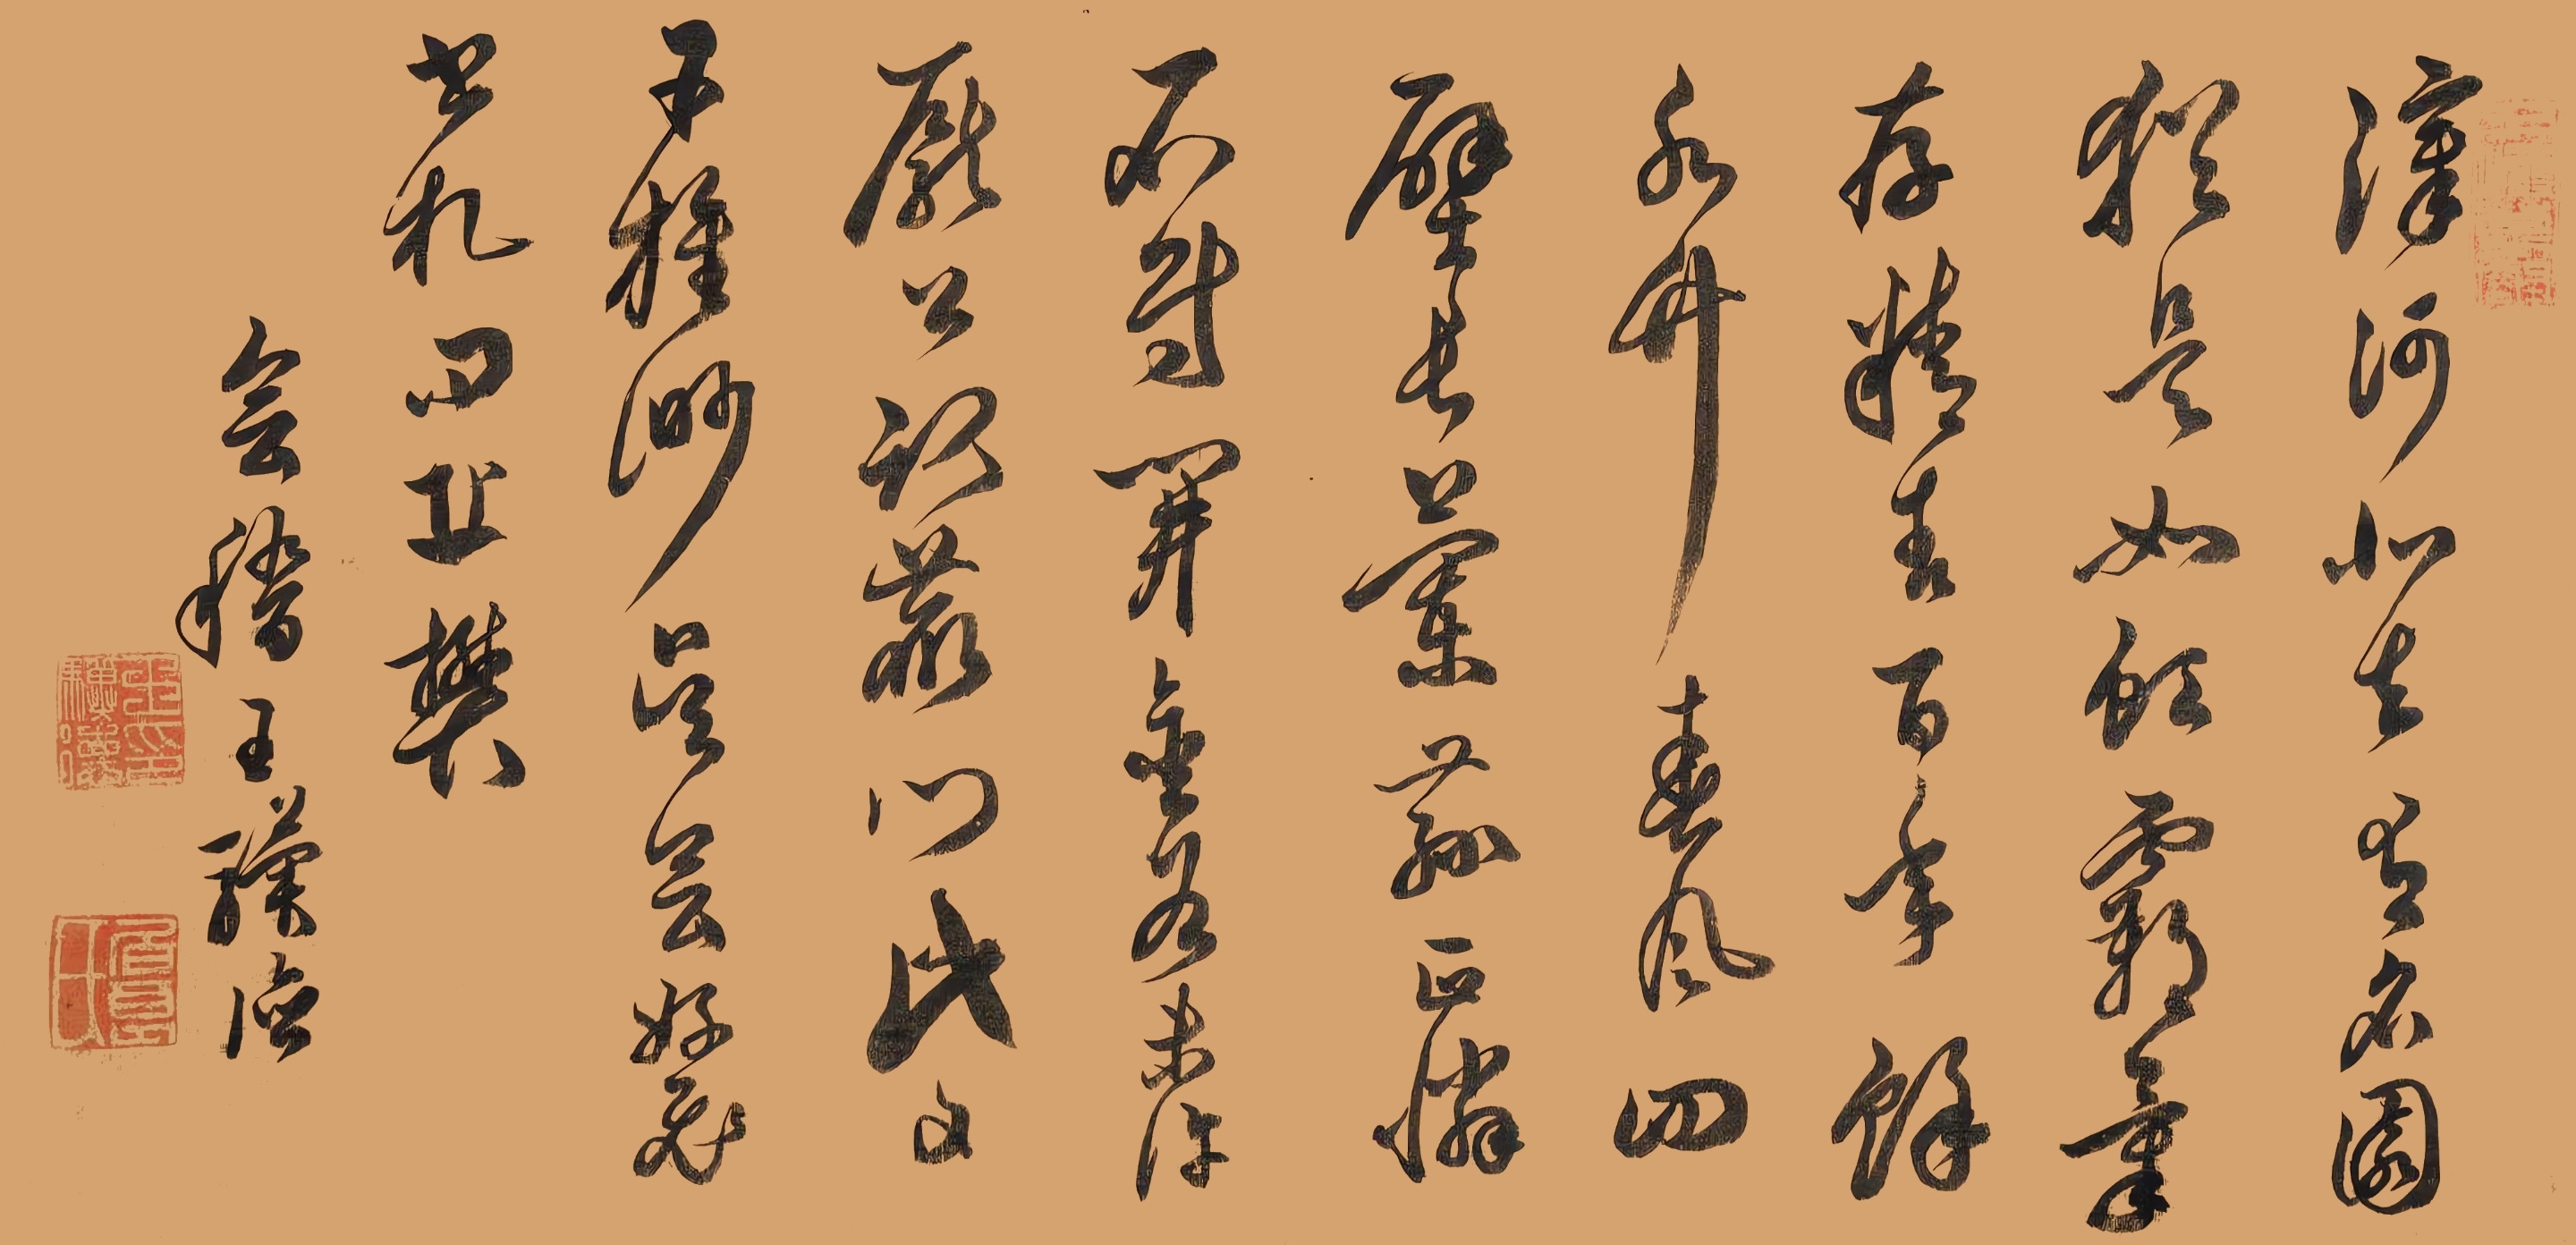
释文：汉河北去有名园，犹是如饮霸章存。精青百年余水竹，清风四壁长兰荪。正怜不得开金各，未许庞公认荒行。此又干族渺吴会，好飞书札句丘樊。会稽王骥德。